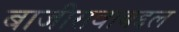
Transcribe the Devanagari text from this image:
बाजीरावाबद्दल